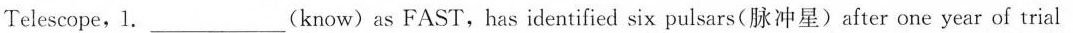
Telescope,1.___ (know) as FAST,has identified six pulsars(脉冲星)after one year of trial